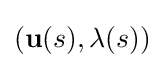
(\mathbf {u} (s),\lambda (s))